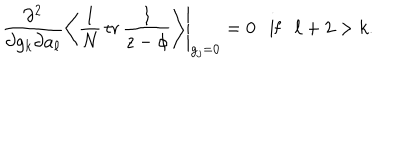
LaTeX: \left. \frac { \partial ^ { 2 } } { \partial g _ { k } \partial a _ { \ell } } \left\langle \frac 1 N \, \mathrm { t r } \, \frac { 1 } { z - \phi } \right\rangle \right| _ { g _ { j } = 0 } = 0 \ \ \mathrm { ~ i f ~ } \ \ \ell + 2 > k .